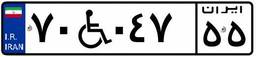
۷۰W۰۴۷۵۵